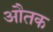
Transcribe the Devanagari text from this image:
औतक